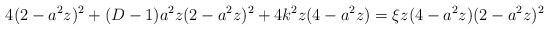
\begin{align*}4(2-a^2 z)^2 + (D-1)a^2 z (2-a^2 z)^2 + 4k^2 z (4-a^2 z)=\xi z (4-a^2 z) (2-a^2 z)^2\end{align*}